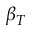
\beta _ { T }